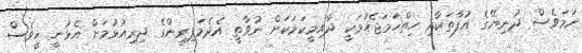
ނަމަވެސް ދުނިޔޭގެ އުފާތަކާއި ހިތްހަމަޖެހުމަކީ ދާއިމީކަމަކަށް ނުވާތީ އެދެމަފިރިންގެ ދިރިއުޅުމަށް އެޅުނީ ހީވެސް